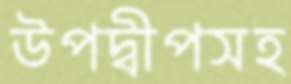
উপদ্বীপসহ